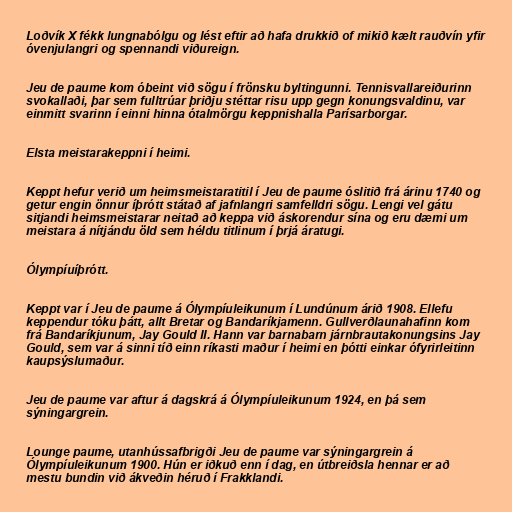
Loðvík X fékk lungnabólgu og lést eftir að hafa drukkið of mikið kælt rauðvín yfir
óvenjulangri og spennandi viðureign.

Jeu de paume kom óbeint við sögu í frönsku byltingunni. Tennisvallareiðurinn
svokallaði, þar sem fulltrúar þriðju stéttar risu upp gegn konungsvaldinu, var
einmitt svarinn í einni hinna ótalmörgu keppnishalla Parísarborgar.

Elsta meistarakeppni í heimi.

Keppt hefur verið um heimsmeistaratitil í Jeu de paume óslitið frá árinu 1740 og
getur engin önnur íþrótt státað af jafnlangri samfelldri sögu. Lengi vel gátu
sitjandi heimsmeistarar neitað að keppa við áskorendur sína og eru dæmi um
meistara á nítjándu öld sem héldu titlinum í þrjá áratugi.

Ólympíuíþrótt.

Keppt var í Jeu de paume á Ólympíuleikunum í Lundúnum árið 1908. Ellefu
keppendur tóku þátt, allt Bretar og Bandaríkjamenn. Gullverðlaunahafinn kom
frá Bandaríkjunum, Jay Gould II. Hann var barnabarn járnbrautakonungsins Jay
Gould, sem var á sinni tíð einn ríkasti maður í heimi en þótti einkar ófyrirleitinn
kaupsýslumaður.

Jeu de paume var aftur á dagskrá á Ólympíuleikunum 1924, en þá sem
sýningargrein.

Lounge paume, utanhússafbrigði Jeu de paume var sýningargrein á
Ólympíuleikunum 1900. Hún er iðkuð enn í dag, en útbreiðsla hennar er að
mestu bundin við ákveðin héruð í Frakklandi.